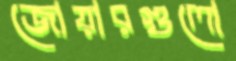
জোয়ারগুলো